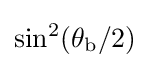
\sin ^{2}(\theta _{\text{b}}/2)